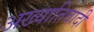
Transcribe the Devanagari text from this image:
अख्यातिवादी